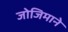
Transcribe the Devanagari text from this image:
जोजिमाने